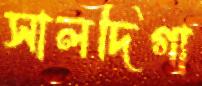
সালদিগা